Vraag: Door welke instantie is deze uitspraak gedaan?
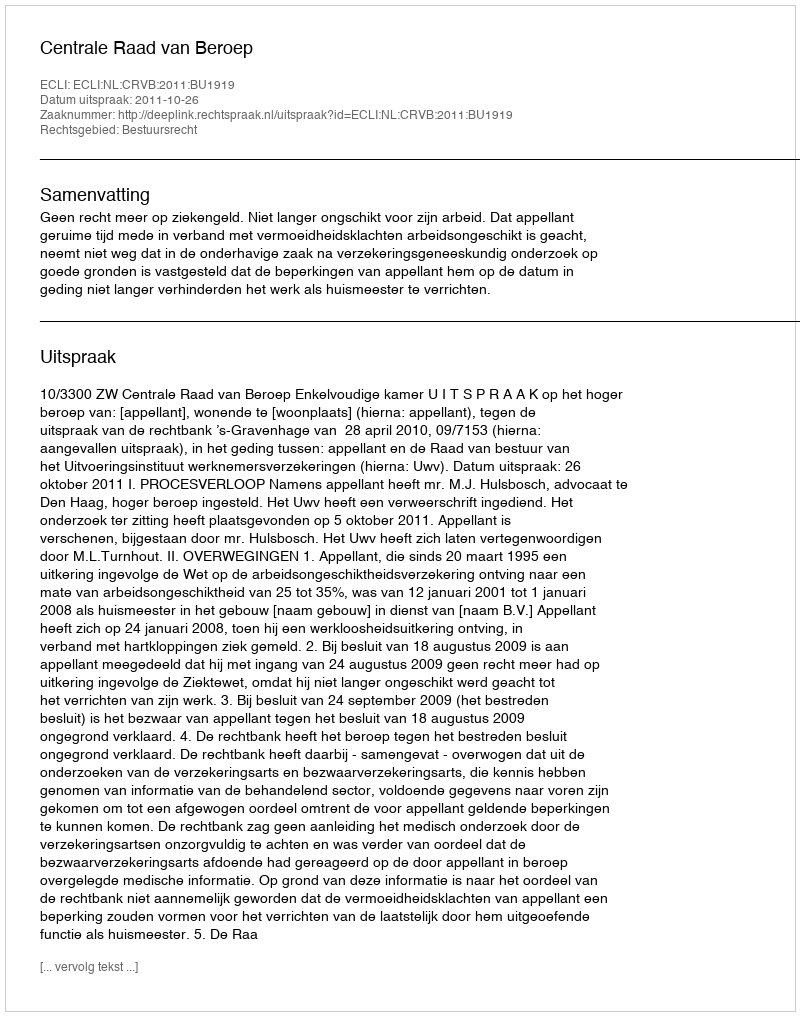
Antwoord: Centrale Raad van Beroep